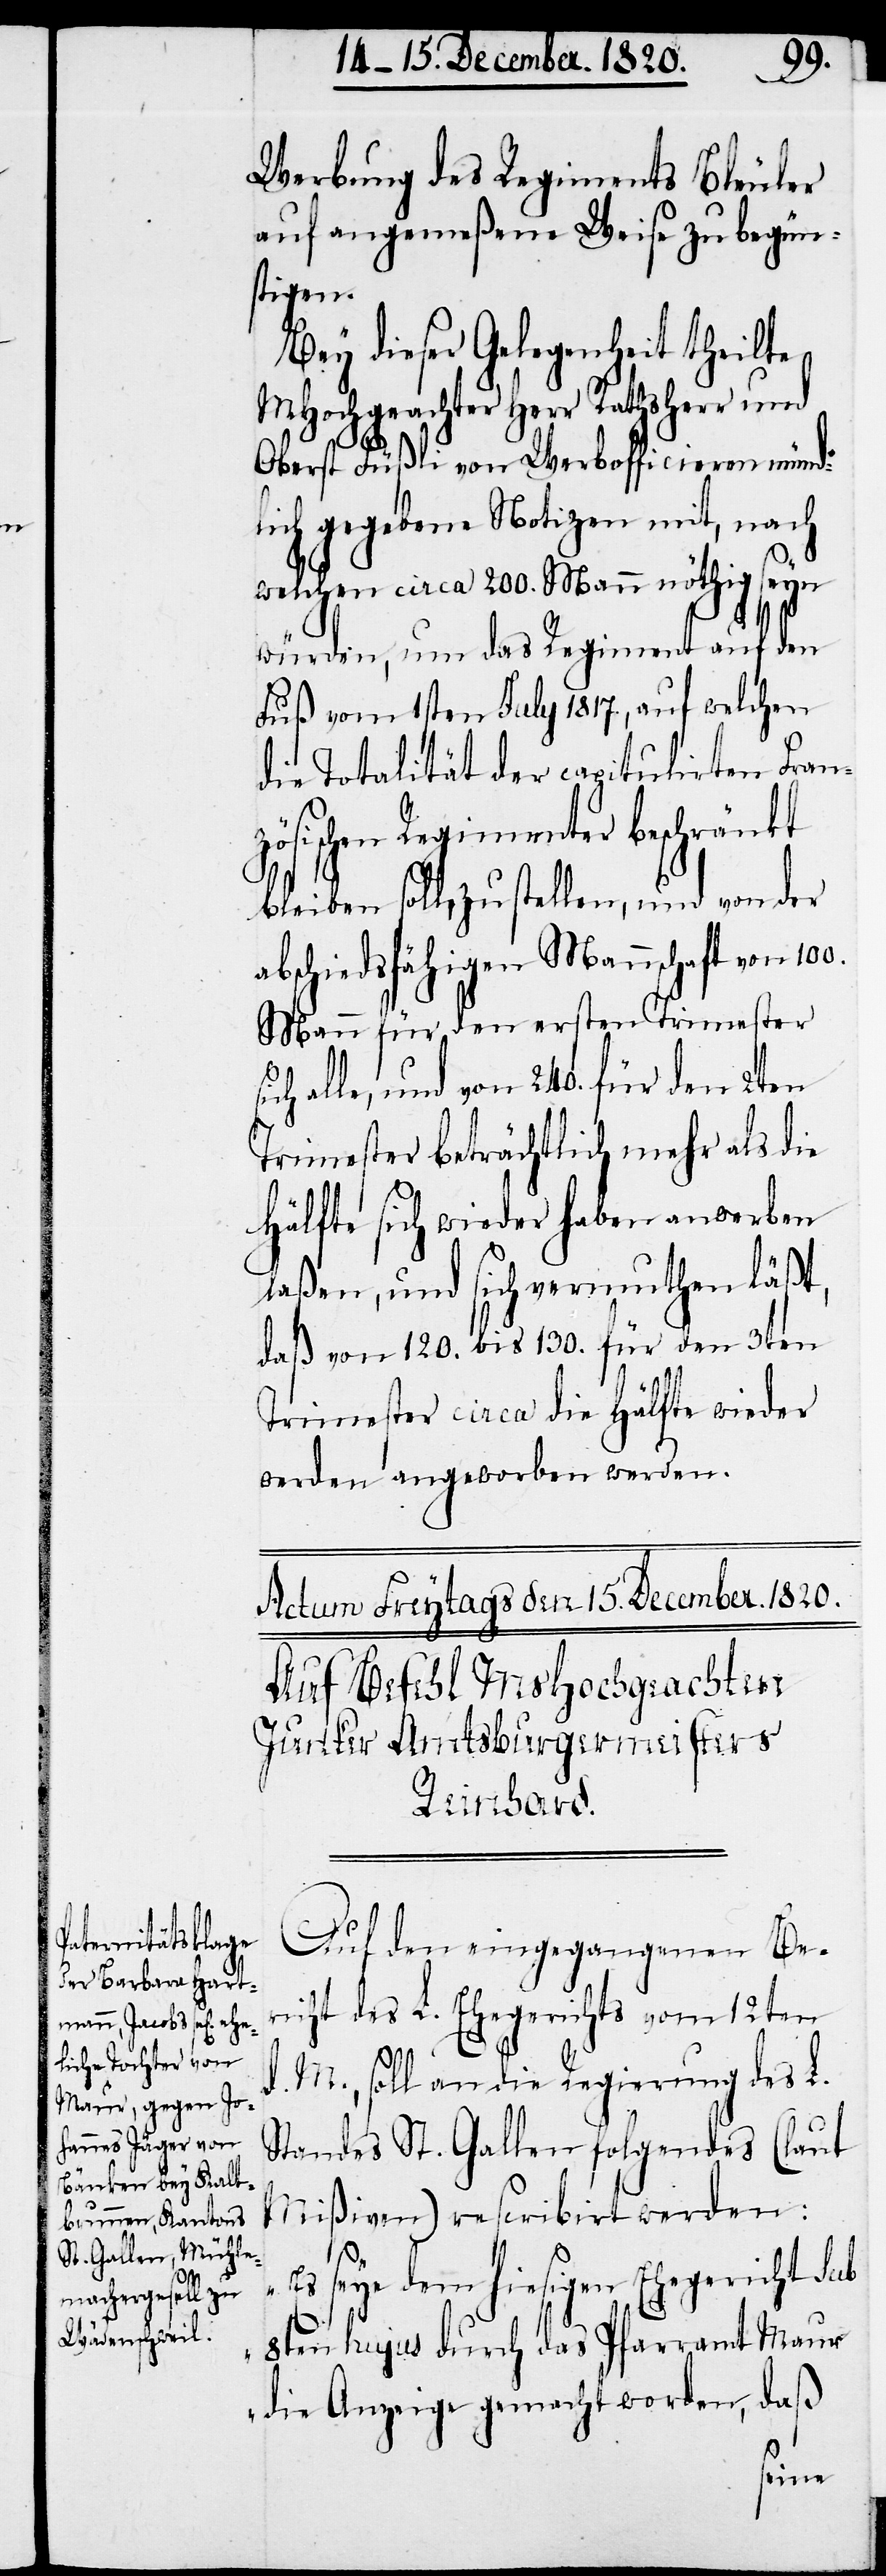
Werbung des Regiments Bleuler
auf angemeßene Weise zu begün¬
stigen.
Bey dieser Gelegenheit theilte
MHochgeachter Herr Rathsherr und
Oberst Füßli von Werbofficieren münd¬
lich gegebene Notizen mit, nach
welchen circa 200. Mann nöthig seyn
würden, um das Regiment auf den
Fuß vom 1sten July 1817., auf welchen
die Totalität der capitulirten Fran¬
zösischen Regimenter beschränkt
bleiben soll, zu stellen, und von der
abschiedsfähigen Mannschaft von 100.
Mann für den ersten Trimester
alle, und von 240. für den 2ten
Trimester beträchtlich mehr als die
Hälfte sich wieder haben anwerben
laßen, und sich vermuthen läßt,
daß von 120. bis 130. für den 3ten
Trimester circa die Hälfte wieder
werden angeworben werden.
Actum Freytags den 15. December. 1820.
Auf Befehl MsHochgeachten
Junker Amtsburgermeisters
Reinhard.
Auf den eingegangenen Be¬
richt des L. Ehegerichts vom 12ten
d. M., soll an die Regierung des L.
Standes St. Gallen folgendes (laut
Mißiven) rescribirt werden:
„Es seye dem hiesigen Ehegericht sub
8ten hujus durch das Pfarramt Maur
die Anzeige gemacht worden, daß